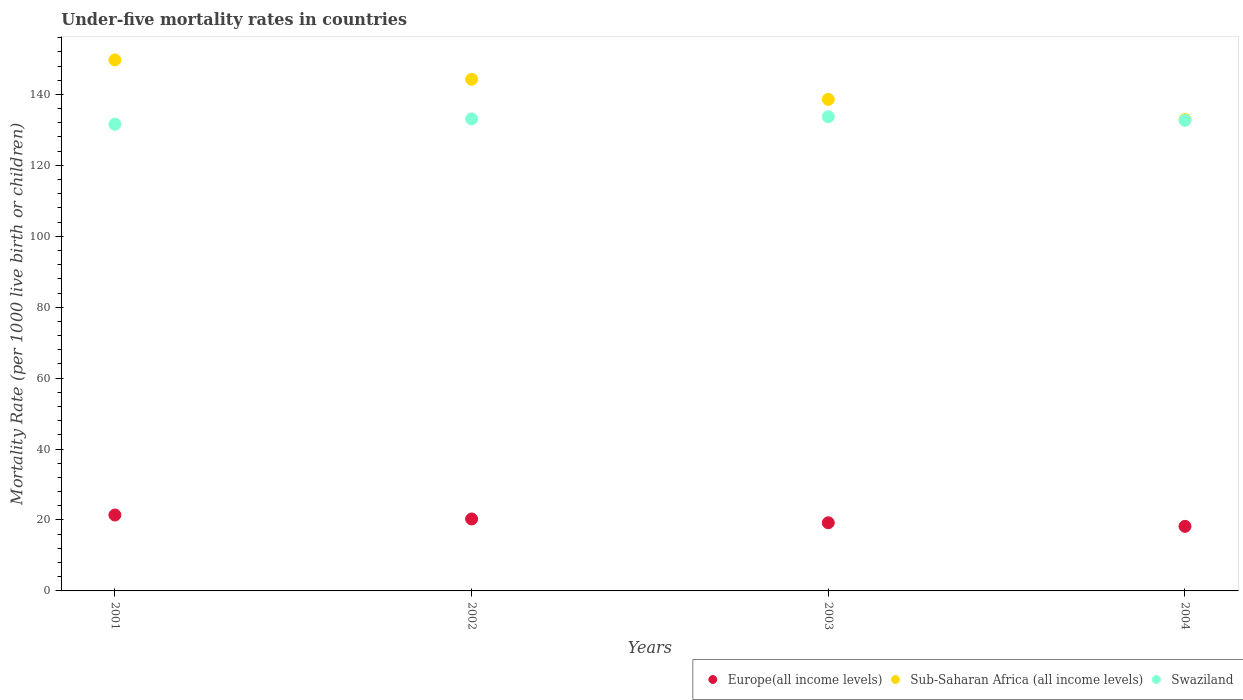
| Years | Europe(all income levels) | Sub-Saharan Africa (all income levels) | Swaziland |
 | --- | --- | --- | --- |
 | 2001 | 21.4 | 150 | 132 |
 | 2002 | 20.3 | 144 | 133 |
 | 2003 | 19.2 | 139 | 134 |
 | 2004 | 18.2 | 133 | 133 |